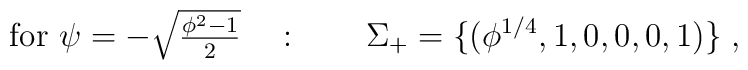
\mbox{for $\psi = -\sqrt{\phi^2-1\over 2}$} \quad : \qquad\Sigma_+ = \{(\phi^{1/4}, 1, 0,0,0,1)\}\; ,